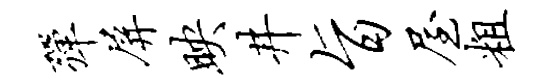
弹屏映井旨屋粗